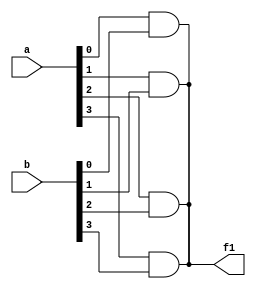
module And(input [3:0]a,input [3:0]b,output f1);
assign f1=a[0]&b[0];
assign f1=a[1]&b[1];
assign f1=a[2]&b[2];
assign f1=a[3]&b[3];
endmodule

module Or(input [3:0]a,input [3:0]b,output f2);
assign f2=a[0]|b[0];
assign f2=a[1]|b[1];
assign f2=a[2]|b[2];
assign f2=a[3]|b[3];
endmodule

module Exor(input [3:0]a,input [3:0]b,output f3);
assign f3=a[0]^b[0];
assign f3=a[1]^b[1];
assign f3=a[2]^b[2];
assign f3=a[3]^b[3];

endmodule

module Not(input [7:0]c,output f4);
assign f4=~c[0];
assign f4=~c[1];
assign f4=~c[2];
assign f4=~c[3];
assign f4=~c[4];
assign f4=~c[5];
assign f4=~c[6];
assign f4=~c[7];

endmodule